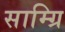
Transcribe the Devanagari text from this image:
साम्ग्रि